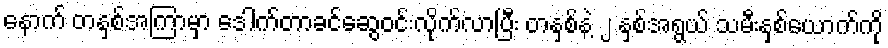
နောက် တနှစ်အကြာမှာ ဒေါက်တာခင်ဆွေဝင်းလိုက်လာပြီး တနှစ်နဲ့ ၂ နှစ်အရွယ် သမီးနှစ်ယောက်ကို